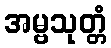
အမ္ဗသုတ္တံ